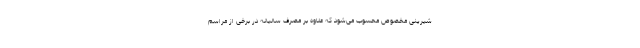
شیرینی مخصوص محسوب می‌شود که علاوه بر مصرف سالیانه در برخی از مراسم